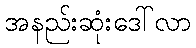
အနည်းဆုံးဒေါ်လာ